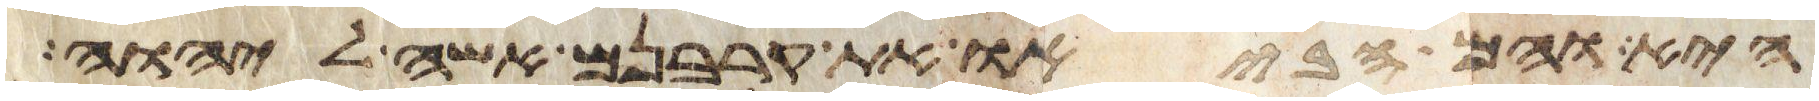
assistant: היא והם הביאו את קרבנם אשה ליהוה